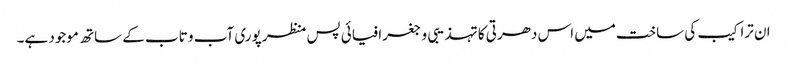
ان تراکیب کی ساخت میں اس دھرتی کا تہذیبی و جغرافیائی پس منظر پوری آب و تاب کے ساتھ موجود ہے۔